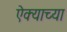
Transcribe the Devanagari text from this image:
ऐक्याच्या